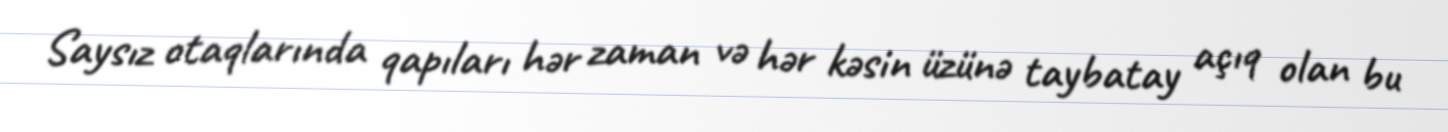
Saysız otaqlarında qapıları hər zaman və hər kəsin üzünə taybatay açıq olan bu